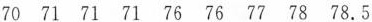
70 71 71 71 76 76 77 78 78.5